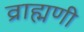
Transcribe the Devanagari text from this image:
व्राह्मणी